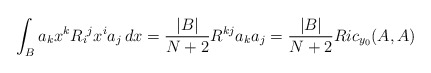
\begin{align*} \int_{B} a_k x^k R_{i}{}^jx^i a_j \,dx = \frac{|B|}{N+2} R^{kj} a_k a_j = \frac{|B|}{N+2}Ric_{y_0}(A,A) \end{align*}